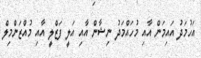
އަހުމަދު އައިމަން އާއި މުހައްމަދު ނިޝާން އާއި އަލީ ފަޒްލީ އާއި މުއްޒަންމިލް